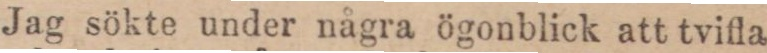
Jag sökte under några ögonblick att tvifla